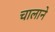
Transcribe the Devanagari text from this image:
चालाने